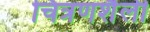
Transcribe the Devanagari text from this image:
चित्रणशैली